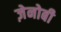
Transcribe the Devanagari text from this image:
ज़ेनोबी